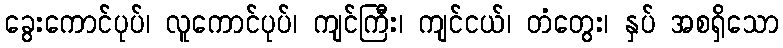
ခွေးကောင်ပုပ်၊ လူကောင်ပုပ်၊ ကျင်ကြီး၊ ကျင်ငယ်၊ တံတွေး၊ နှပ် အစရှိသော